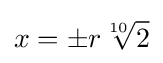
x=\pm r{\sqrt[{10}]{2}}